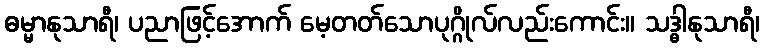
ဓမ္မာနုသာရီ၊ ပညာဖြင့်အောက် မေ့တတ်သောပုဂ္ဂိုလ်လည်းကောင်း။ သဒ္ဓါနုသာရီ၊